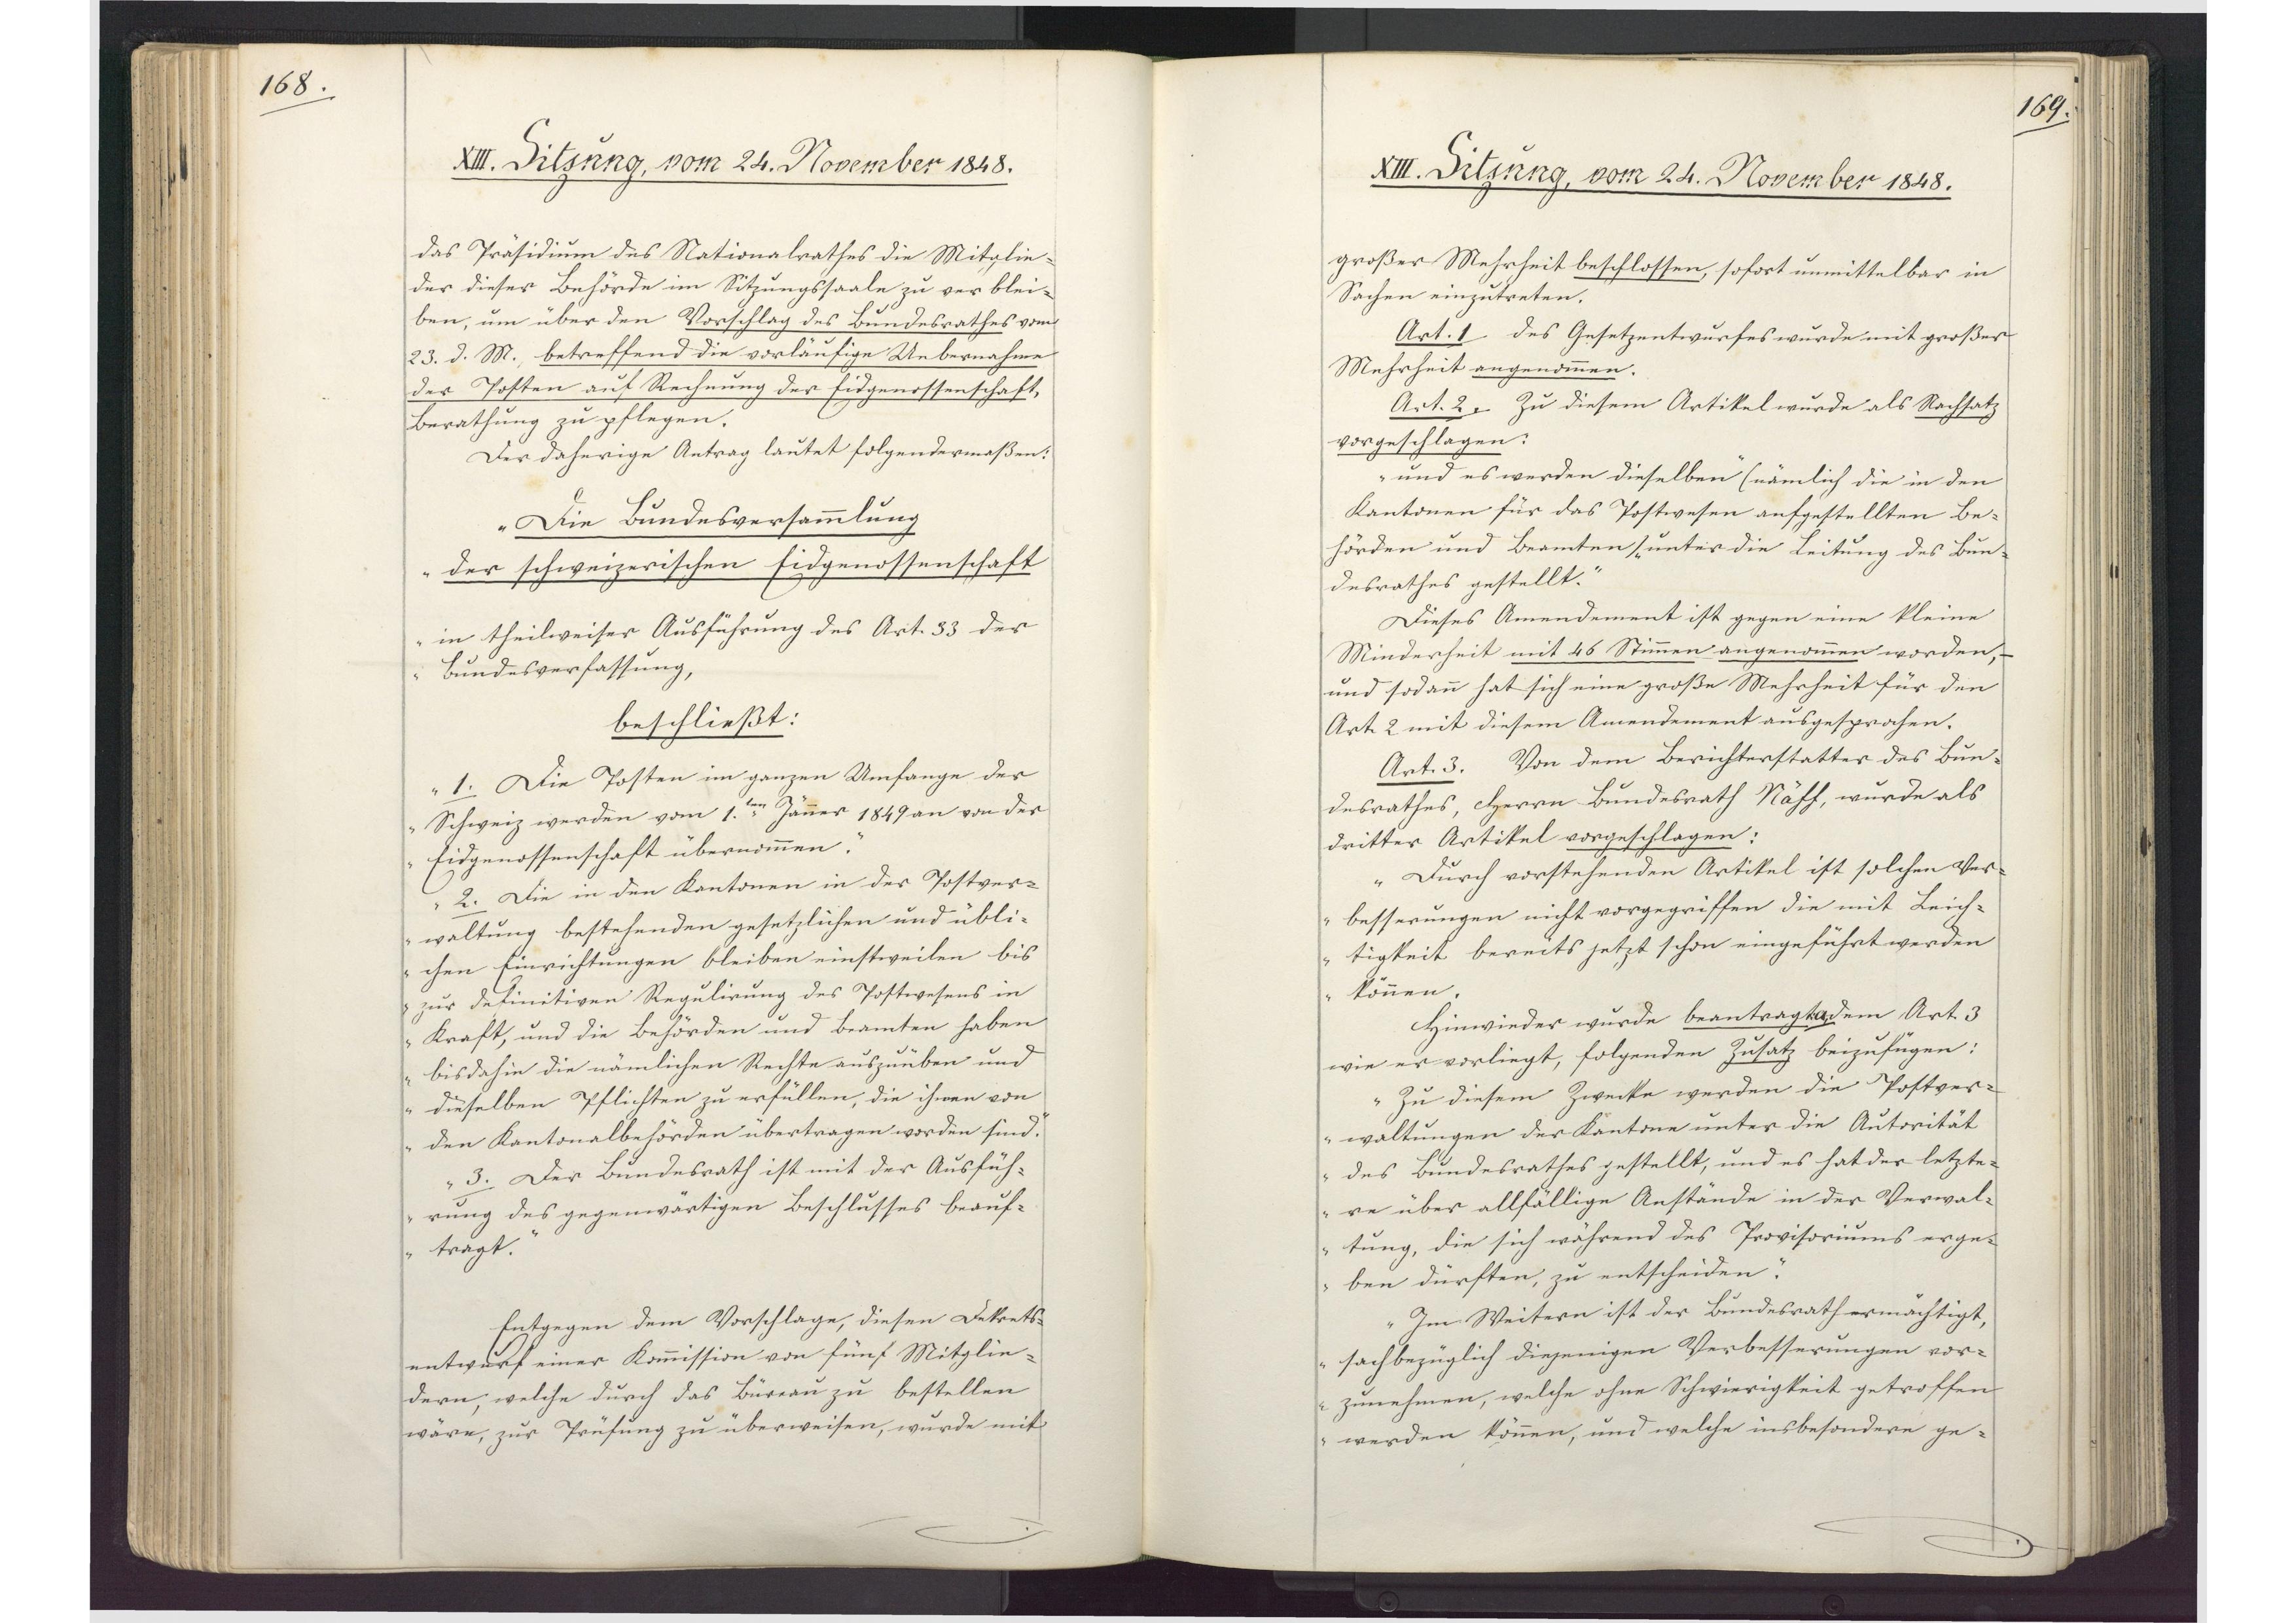
168.

XIII. Sitzung, vom 24. November 1848.

das Präsidium des Nationalrathes die Mitglie¬
der dieser Behörde im Sitzungssaale zu verblei¬
ben, um über den Vorschlag des Bundesrathes vom
23. d. M. betreffend die vorläufige Uebernahme
der Posten auf Rechnung der Eigenossenschaft,
Berathung zu pflegen.
Der daherige Antrag lautet folgendermaßen:
"Die Bundesversammlung
der schweizerischen Eidgenossenschaft
in theilweiser Ausführung des Art. 33 der
Bundesverfassung,
beschließt:
1. Die Posten im ganzen Umfange der
Schweiz werden vom 1.ten Jänner 1849 an von der
Eidgenossenschaft übernommen.
2. Die in den Kantonen in der Postver¬
waltung bestehenden gesetzlichen und übli¬
chen Einrichtungen bleiben einstweilen bis
zur definitiven Regulirung des Postwesens in
Kraft, und die Behörden und Beamten haben
bis dahin die nämlichen Rechte auszuüben und
dieselben Pflichten zu erfüllen, die ihnen von
den Kantonalbehörden übertragen worden sind.
3. Der Bundesrath ist mit der Ausfüh¬
rung des gegenwärtigen Beschlusses beauf¬
tragt."
Entgegen dem Vorschlage, diesen Dekrets¬
entwurf einer Kommission von fünf Mitglie¬
dern, welche durch das Büreau zu bestellen
wäre, zur Prüfung zu überweisen, wurde mit

169.

XIII. Sitzung, vom 24. November 1848.

großer Mehrheit beschlossen, sofort unmittelbar in
Sachen einzutreten.
Art. 1. Des Gesetzentwurfes wurde mit großer
Mehrheit angenommen.
Art. 2. Zu diesem Artikel wurde als Nachsatz
vorgeschlagen:
"und es werden dieselben (nämlich die in den
Kantonen für das Postwesen aufgestellten Be¬
hörden und Beamten unter die Leitung des Bun¬
desrathes gestellt."
Dieses Amendement ist gegen eine kleine
Minderheit mt 46 Stimmen angenommen worden,
und sodann hat sich eine große Mehrheit für den
Art. 2 mit diesem Amendement ausgesprochen.
Art. 3. Von dem Berichterstatter des Bun¬
desrathes, Herrn Bundesrath Näff, wurde als
dritter Artikel vorgeschlagen:
"Durch vorstehenden Artikel ist solchen Ver¬
besserungen nicht vorgegriffen die mit Leich¬
tigkeit bereits jetzt schon eingeführt werden
können."
Hinwieder wurde beantragt: a. dem Art. 3
wie er vorliegt, folgenden Zusatz beizufügen:
"Zu diesem Zwecke werden die Postver¬
waltungen der Kantine unter die Autorität
des Bundesrathes gestellt, und es hat der letzte¬
re über allfällige Anstände in der Verwal¬
tung, die sich während des Provisoriums erge¬
ben dürften, zu entscheiden."
"Im Weitern ist der Bundesrath ermächtigt,
sachbezüglich diejenigen Verbesserungen vor¬
zunehmen, welche ohne Schwierigkeit getroffen
werden können, und welche insbesondere ge¬